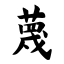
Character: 蔑